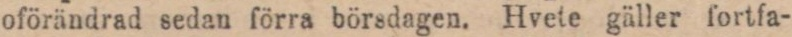
oförändrad sedan förra börsdagen. Hvete gäller fortfa-